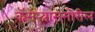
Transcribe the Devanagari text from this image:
कॅमेर्‍यासमोरील